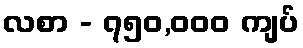
လစာ - ၇၅၀,၀၀၀ ကျပ်